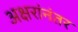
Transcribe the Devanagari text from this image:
अक्षरांनंतर